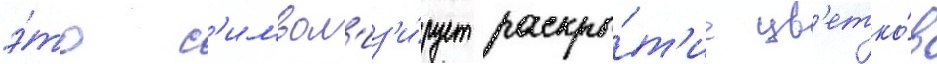
э́то с'имвол'из'и́рует раскры́т'ие цв'етко́в